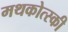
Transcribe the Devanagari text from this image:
मथकोत्स्की